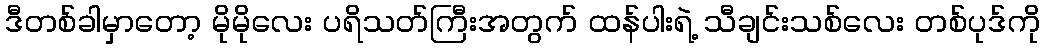
ဒီတစ်ခါမှာတော့ မိုမိုလေး ပရိသတ်ကြီးအတွက် ထန်ပါးရဲ့ သီချင်းသစ်လေး တစ်ပုဒ်ကို